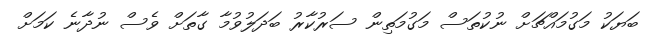
ބަޔަކު މަގުމައްޗަށް ނުކުތަސް މަގުމަތިން ސަރުކާރު ބަދަލުވުމާ ގާތަށް ވެސް ނުދާނެ ކަމަށް